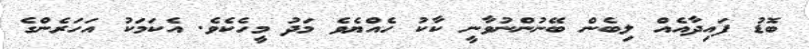
ބޮޑު ފައިދާއެއް ލިބެން ބޭނުންނުވާނީ ކާކު ހެއްޔެވެ މަދު މީހެކެވެ. އެކަމަކު އަހަރެންގެ